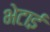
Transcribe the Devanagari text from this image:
भेटाई